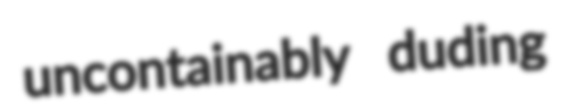
uncontainably duding